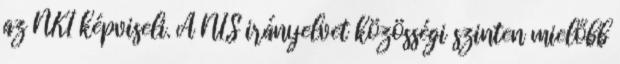
az NKI képviseli. A NIS irányelvet közösségi szinten mielőbb